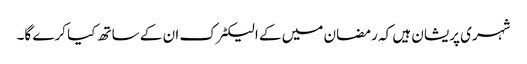
شہری پریشان ہیں کہ رمضان میں کے الیکٹرک ان کے ساتھ کیا کرے گا۔